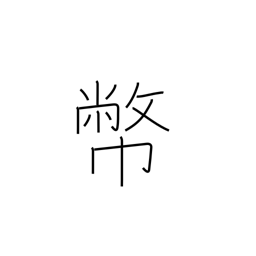
Meaning: gift